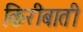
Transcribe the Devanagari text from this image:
किरीबाती